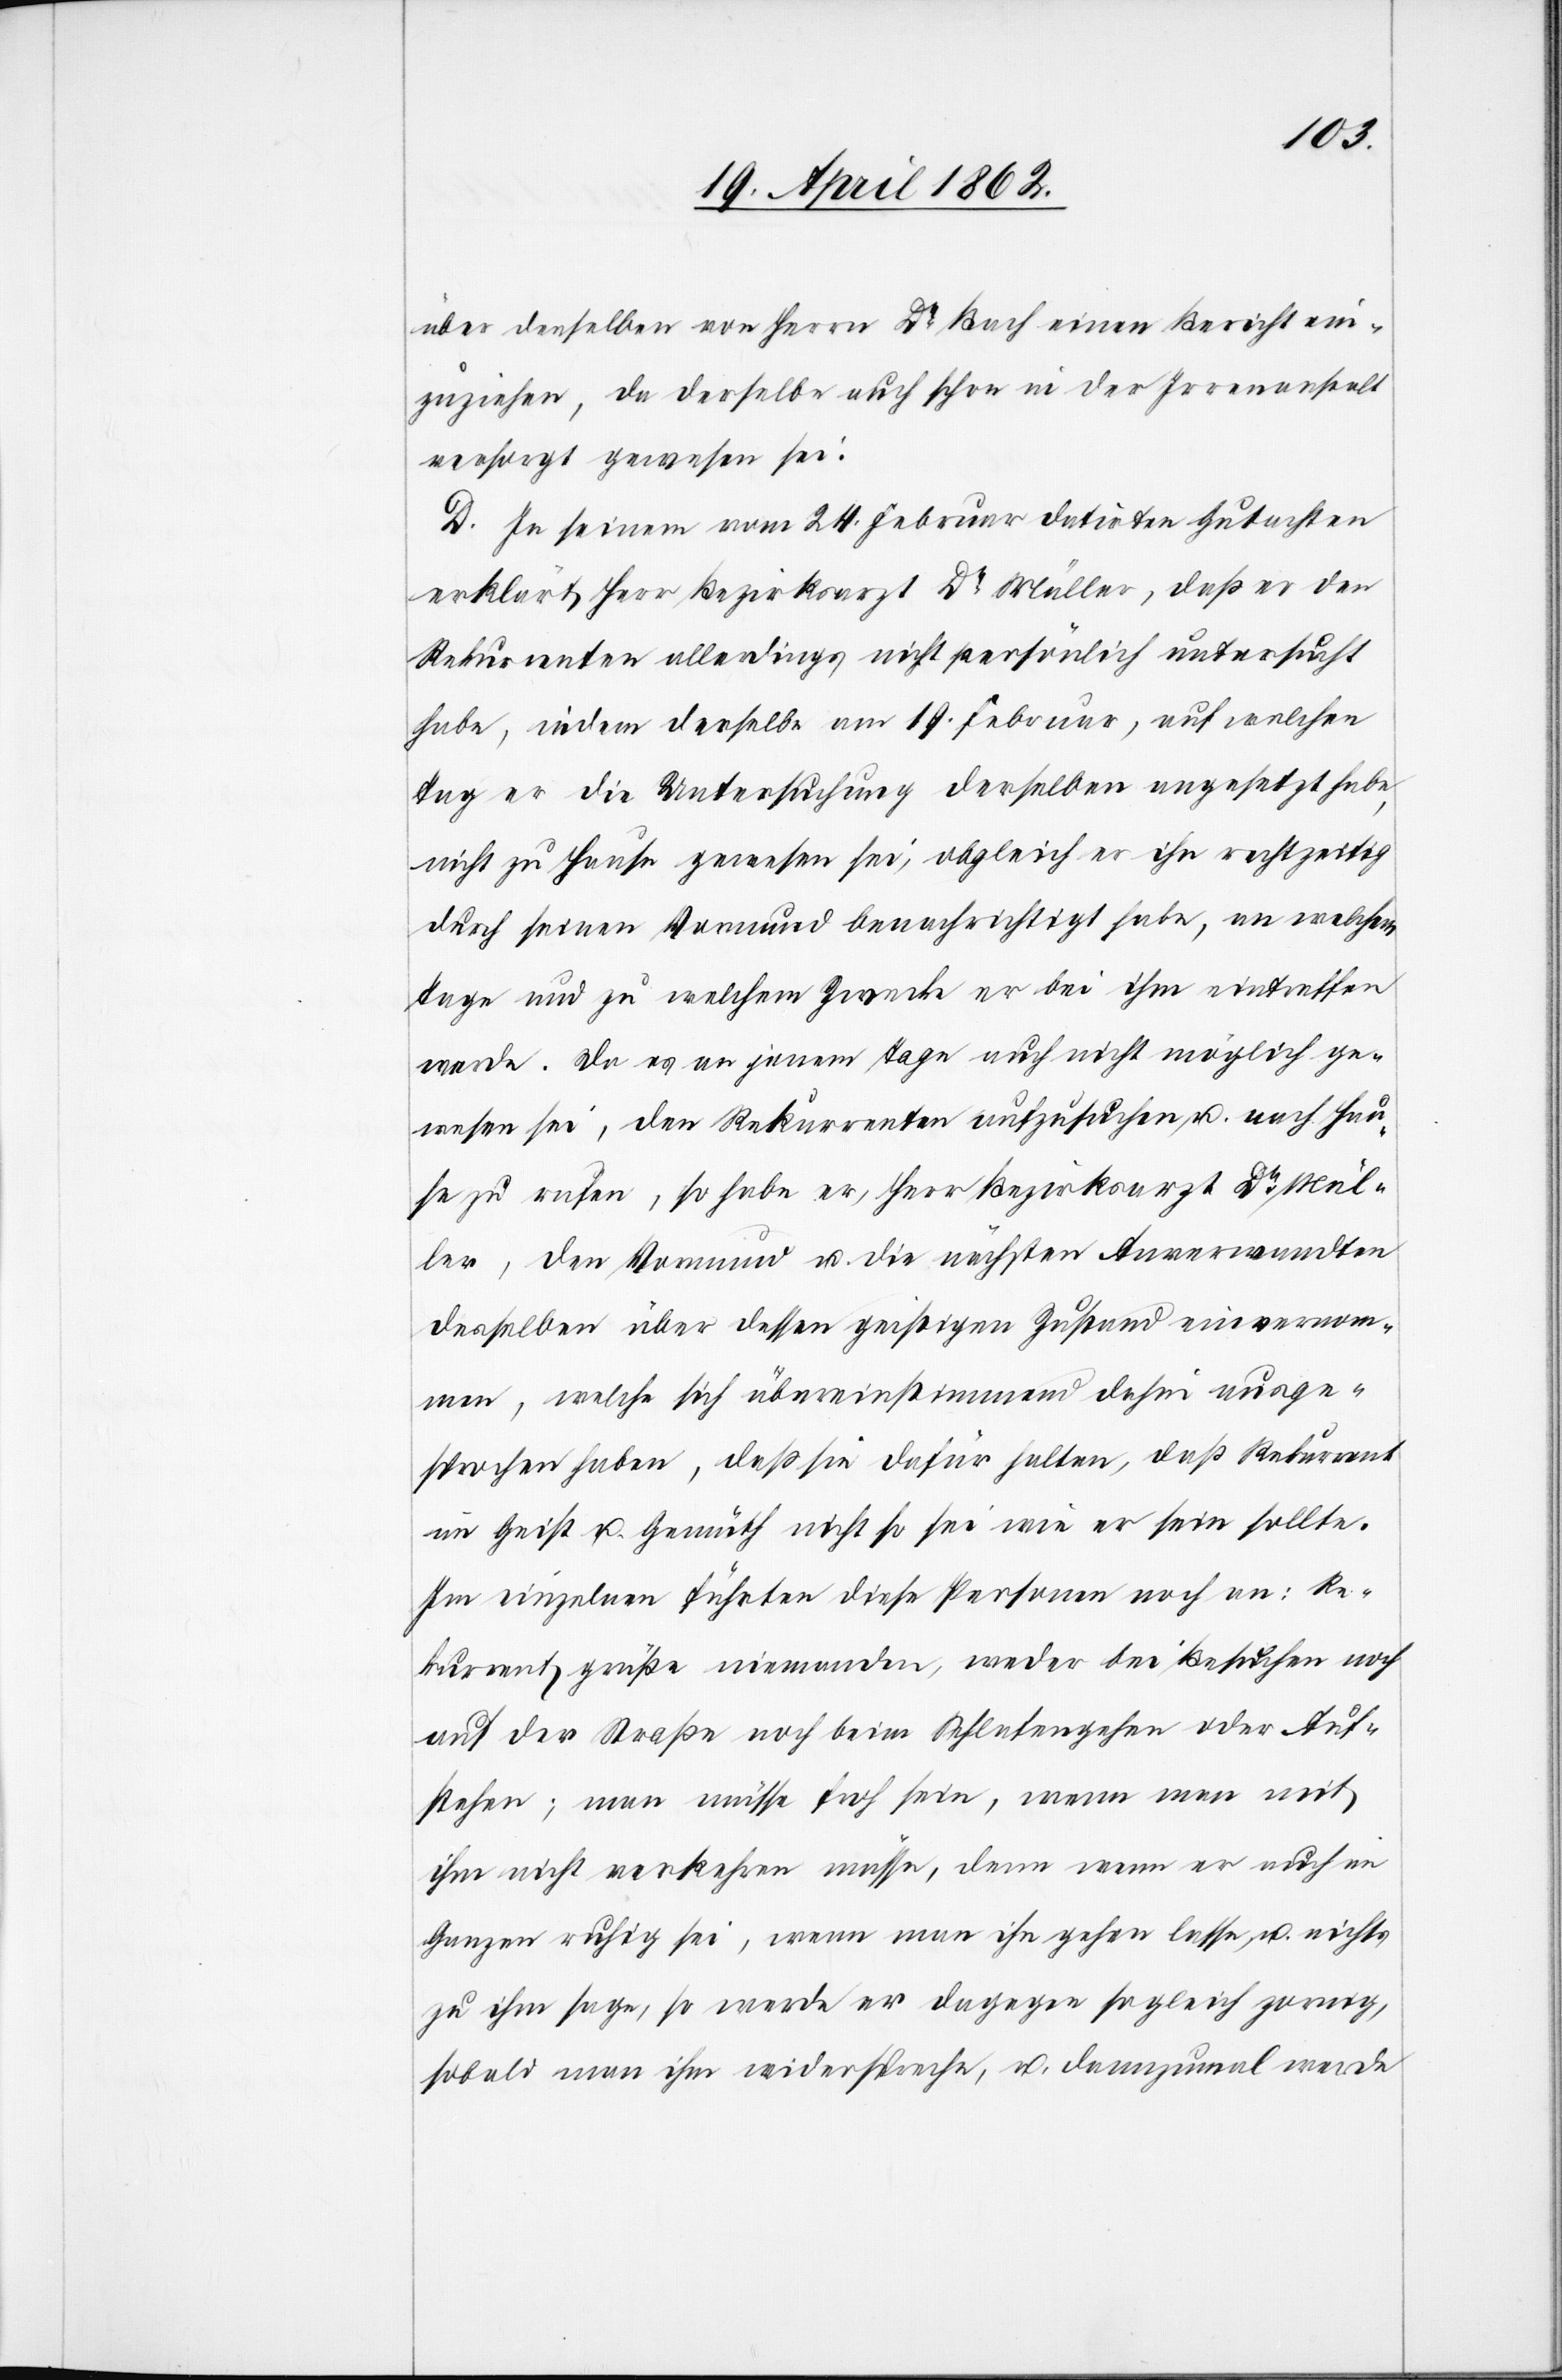
über denselben von Herrn Dr. Bach einen Bericht ein¬
zuziehen, da derselbe auch schon in der Irrenanstalt
versorgt gewesen sei.
D. In seinem vom 24. Februar datirten Gutachten
erklärt Herr Bezirksarzt Dr. Müller, daß er den
Rekurrenten allerdings nicht persönlich untersucht
habe, indem derselbe am 19. Februar, auf welchen
Tag er die Untersuchung desselben angesetzt habe,
nicht zu Hause gewesen sei, obgleich er ihn rechtzeitig
durch seinen Vormund benachrichtigt habe, an welchem
Tage und zu welchem Zweck er bei ihm eintreffen
werde. Da es an jenem Tage auch nicht möglich ge¬
wesen sei, den Rekurrenten aufzusuchen u. nach Hau¬
se zu rufen, so habe er, Herr Bezirksarzt Dr. Mül¬
ler, den Vormund u. die nächsten Anverwandten
desselben über dessen geistigen Zustand einvernom¬
men, welche sich übereinstimmend dafür ausge¬
sprochen haben, daß sie dafür halten, daß Rekurrent
an Geist u. Gemüth nicht so sei wie er sein sollte.
Im einzelnen führten diese Personen noch an: Re¬
kurrent grüße niemanden, weder bei Besuchen noch
auf der Straße noch beim Schlafengehen oder Auf¬
stehen; man müsse froh sein, wenn man mit
ihm nicht verkehren müsse, denn wenn er auch im
Ganzen ruhig sei, wenn man ihn gehen lasse, u. nichts
zu ihm sage, so werde er dagegen sogleich zornig,
sobald man ihm widerspreche, u. dannzumal werde